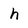
Character: h